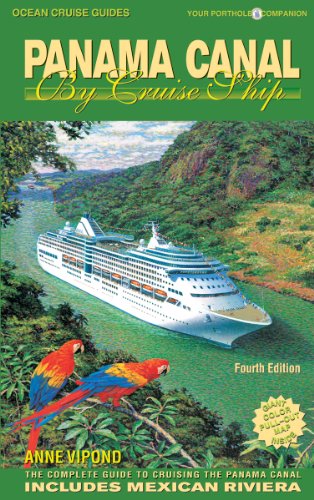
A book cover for Panama Canal by Cruise Ship: The Complete Guide to Cruising the Panama Canal - 4th Edition; Anne Vipond; Travel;